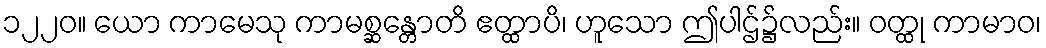
၁၂၂၀။ ယော ကာမေသု ကာမစ္ဆန္တောတိ ဧတ္ထာပိ၊ ဟူသော ဤပါဌ်၌လည်း။ ဝတ္ထု ကာမာဝ၊